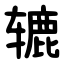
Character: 辘